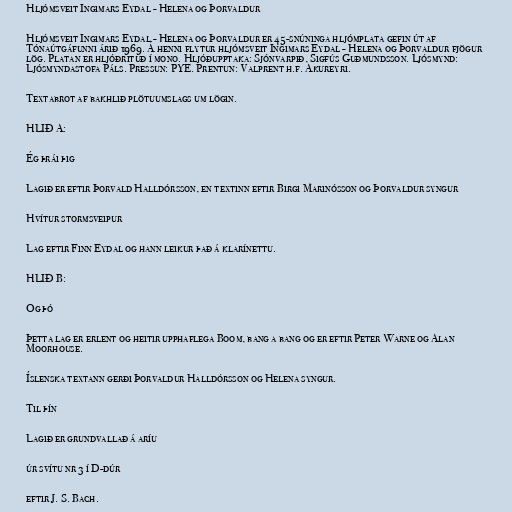
Hljómsveit Ingimars Eydal - Helena og Þorvaldur

Hljómsveit Ingimars Eydal - Helena og Þorvaldur er 45-snúninga hljómplata gefin út af
Tónaútgáfunni árið 1969. Á henni flytur hljómsveit Ingimars Eydal - Helena og Þorvaldur fjögur
lög. Platan er hljóðrituð í mono. Hljóðupptaka: Sjónvarpið, Sigfús Guðmundsson. Ljósmynd:
Ljósmyndastofa Páls. Pressun: PYE. Prentun: Valprent h.f. Akureyri.

Textabrot af bakhlið plötuumslags um lögin.

HLIÐ A:

Ég þrái þig

Lagið er eftir Þorvald Halldórsson, en textinn eftir Birgi Marinósson og Þorvaldur syngur

Hvítur stormsveipur

Lag eftir Finn Eydal og hann leikur það á klarínettu.

HLIÐ B:

Og þó

Þetta lag er erlent og heitir upphaflega Boom, bang a bang og er eftir Peter Warne og Alan
Moorhouse.

Íslenska textann gerði Þorvaldur Halldórsson og Helena syngur.

Til þín

Lagið er grundvallað á aríu

úr svítu nr 3 í D-dúr

eftir J. S. Bach.